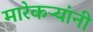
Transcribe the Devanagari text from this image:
मारेकऱ्यांनी